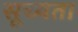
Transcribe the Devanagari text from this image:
सूच्यता